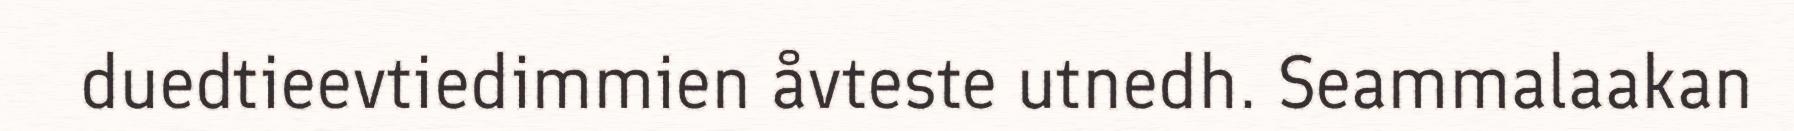
duedtieevtiedimmien åvteste utnedh. Seammalaakan